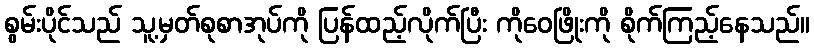
စွမ်းပိုင်သည် သူ့မှတ်စုစာအုပ်ကို ပြန်ထည့်လိုက်ပြီး ကိုဝေဖြိုးကို စိုက်ကြည့်နေသည်။